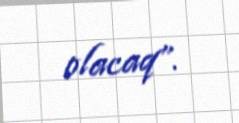
olacaq”.